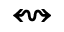
\leftrightsquigarrow